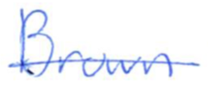
Text: Brown
Cross-out: single-line
Writing tool: ballpoint